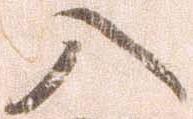
入